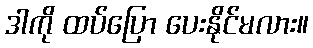
ဒါကို ထပ်ပြော ပေးနိုင်မလား။